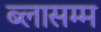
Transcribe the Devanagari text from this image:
ब्लासम्म